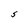
Character: S